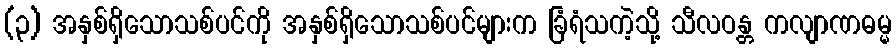
(၃) အနှစ်ရှိသောသစ်ပင်ကို အနှစ်ရှိသောသစ်ပင်များက ခြံရံသကဲ့သို့ သီလဝန္တ ကလျာဏဓမ္မ